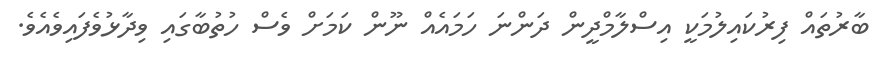
ބާރުތައް ފިރުކައިލުމަކީ އިސްލާމްދީން ދަންނަ ހަމައެއް ނޫން ކަމަށް ވެސް ހުތުބާގައި ވިދާޅުވެފައިވެއެވެ.